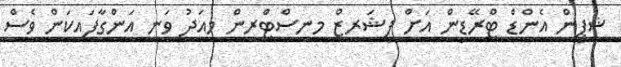
ޝިޕިން އެންޑް ޓްރޭޑިން އަށް ފިޝަރީޒް މިނިސްޓްރީން މިއަދު ވަނީ އަންގާފައިކަން ވެސް